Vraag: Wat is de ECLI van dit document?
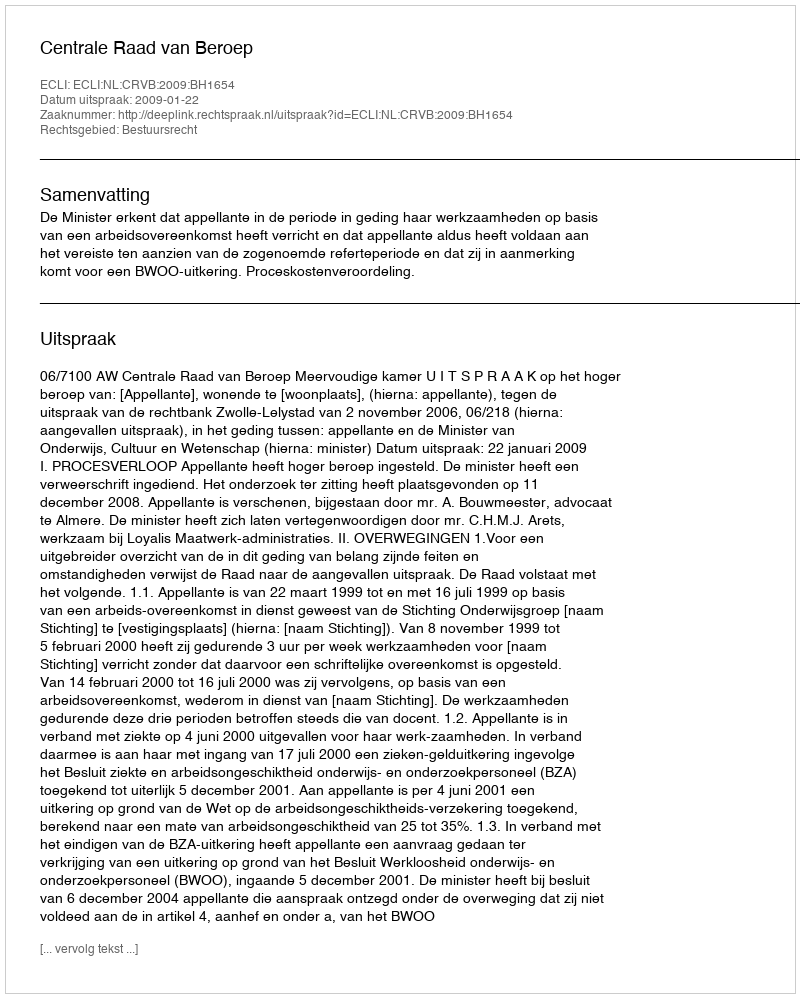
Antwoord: ECLI:NL:CRVB:2009:BH1654